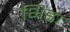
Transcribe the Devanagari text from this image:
भिडा